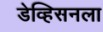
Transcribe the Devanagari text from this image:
डेव्हिसनला